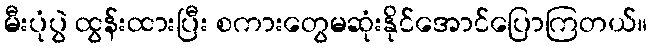
မီးပုံပွဲ ထွန်းထားပြီး စကားတွေမဆုံးနိုင်အောင်ပြောကြတယ်။